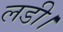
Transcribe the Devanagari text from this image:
लडी।